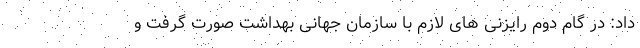
داد: در گام دوم رایزنی های لازم با سازمان جهانی بهداشت صورت گرفت و